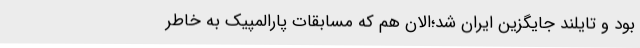
بود و تایلند جایگزین ایران شد؛الان هم که مسابقات پارالمپیک به خاطر